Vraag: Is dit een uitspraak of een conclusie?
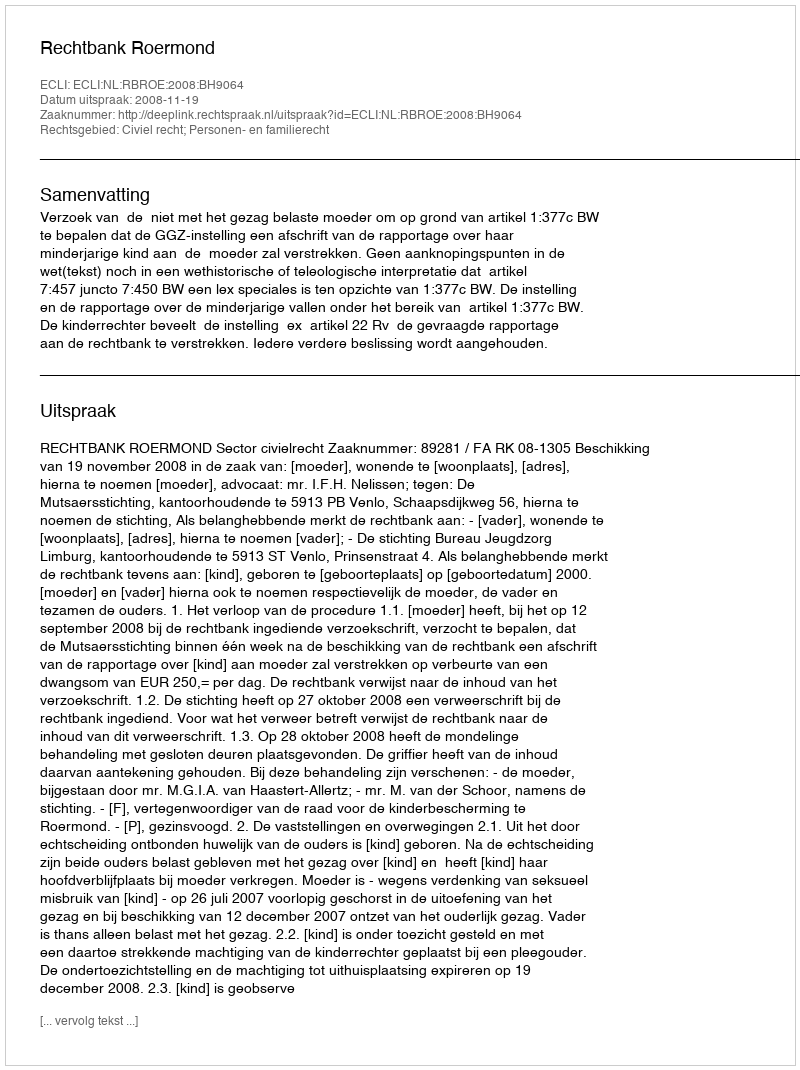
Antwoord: Uitspraak